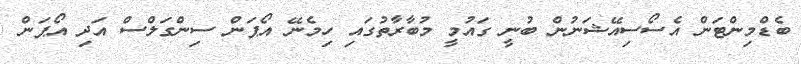
ބެޑްމިންޓަން އެސޯސިއޭޝަނުން ބުނީ ގައުމީ މުބާރާތުގައި ހިމެނޭ އޯޕަން ސިންގަލްސް އަދި އޯޕަން